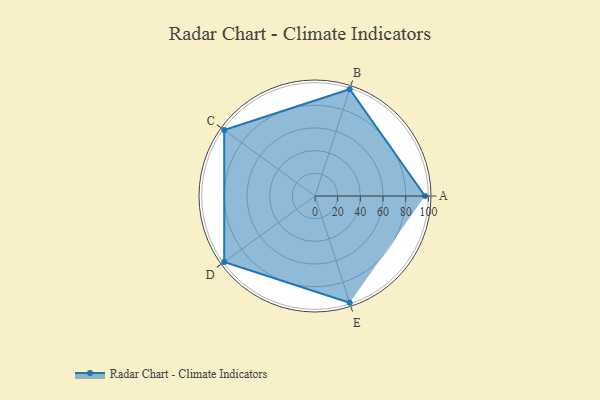
{"axis": {"x": "Skill", "y": "Score"}, "legend": ["Profile"], "data": [{"x": "A", "y": 97.0, "type": "Profile"}, {"x": "B", "y": 99.0, "type": "Profile"}, {"x": "C", "y": 99, "type": "Profile"}, {"x": "D", "y": 99, "type": "Profile"}, {"x": "E", "y": 99, "type": "Profile"}]}